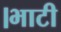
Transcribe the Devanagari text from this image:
।भाटी